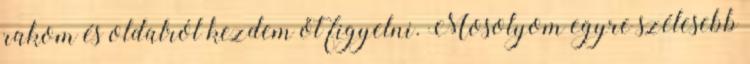
rakom és oldalról kezdem őt figyelni. Mosolyom egyre szélesebb